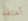
أعتقد